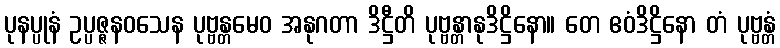
ပုနပ္ပုနံ ဥပ္ပဇ္ဇနဝသေန ပုဗ္ဗန္တမေဝ အနုဂတာ ဒိဋ္ဌီတိ ပုဗ္ဗန္တာနုဒိဋ္ဌိနော။ တေ ဧဝံဒိဋ္ဌိနော တံ ပုဗ္ဗန္တံ